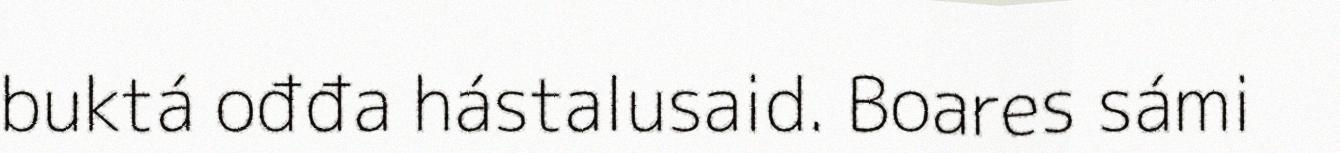
buktá ođđa hástalusaid. Boares sámi